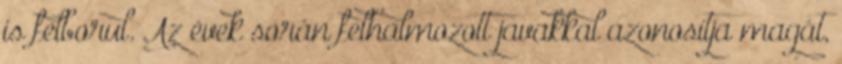
is felborul. Az évek során felhalmozott javakkal azonosítja magát,